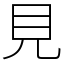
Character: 見